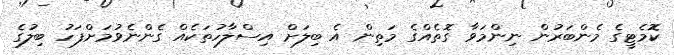
ކޮމެޓީގެ މެންބަރުން ނިންމަވާ ގޮތެއްގެ މަތިން އެ ބިލަށް އިސްލާހުތަކެއް ގެންނެވުމަށްފަހު ބިލުގެ